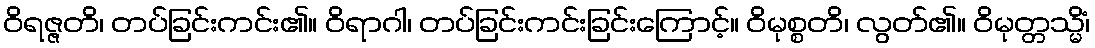
ဝိရဇ္ဇတိ၊ တပ်ခြင်းကင်း၏။ ဝိရာဂါ၊ တပ်ခြင်းကင်းခြင်းကြောင့်။ ဝိမုစ္စတိ၊ လွတ်၏။ ဝိမုတ္တသ္မိံ၊